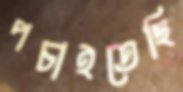
পচাইতেছি